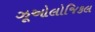
ઝૂઓલોજિકલ